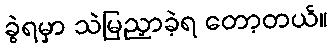
ခွဲရမှာ သဲမြညှာခဲ့ရ တော့တယ်။